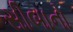
સીબાનો